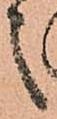
之